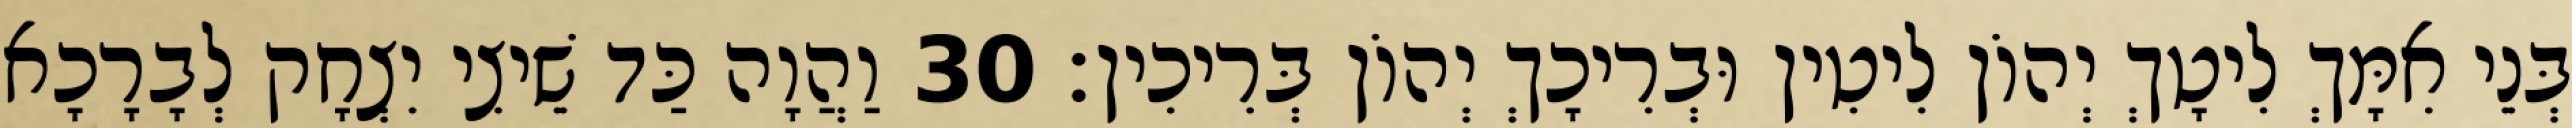
בְּנֵי אִמָּךְ לִיטָךְ יְהוֹן לִיטִין וּבְרִיכָךְ יְהוֹן בְּרִיכִין׃ 30 וַהֲוָה כַּד שֵׁיצִי יִצְחָק לְבָרָכָא